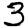
Digit: 3